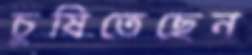
চুষিতেছেন